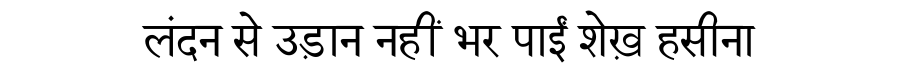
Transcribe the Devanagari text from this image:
लंदन से उड़ान नहीं भर पाईं शेख़ हसीना